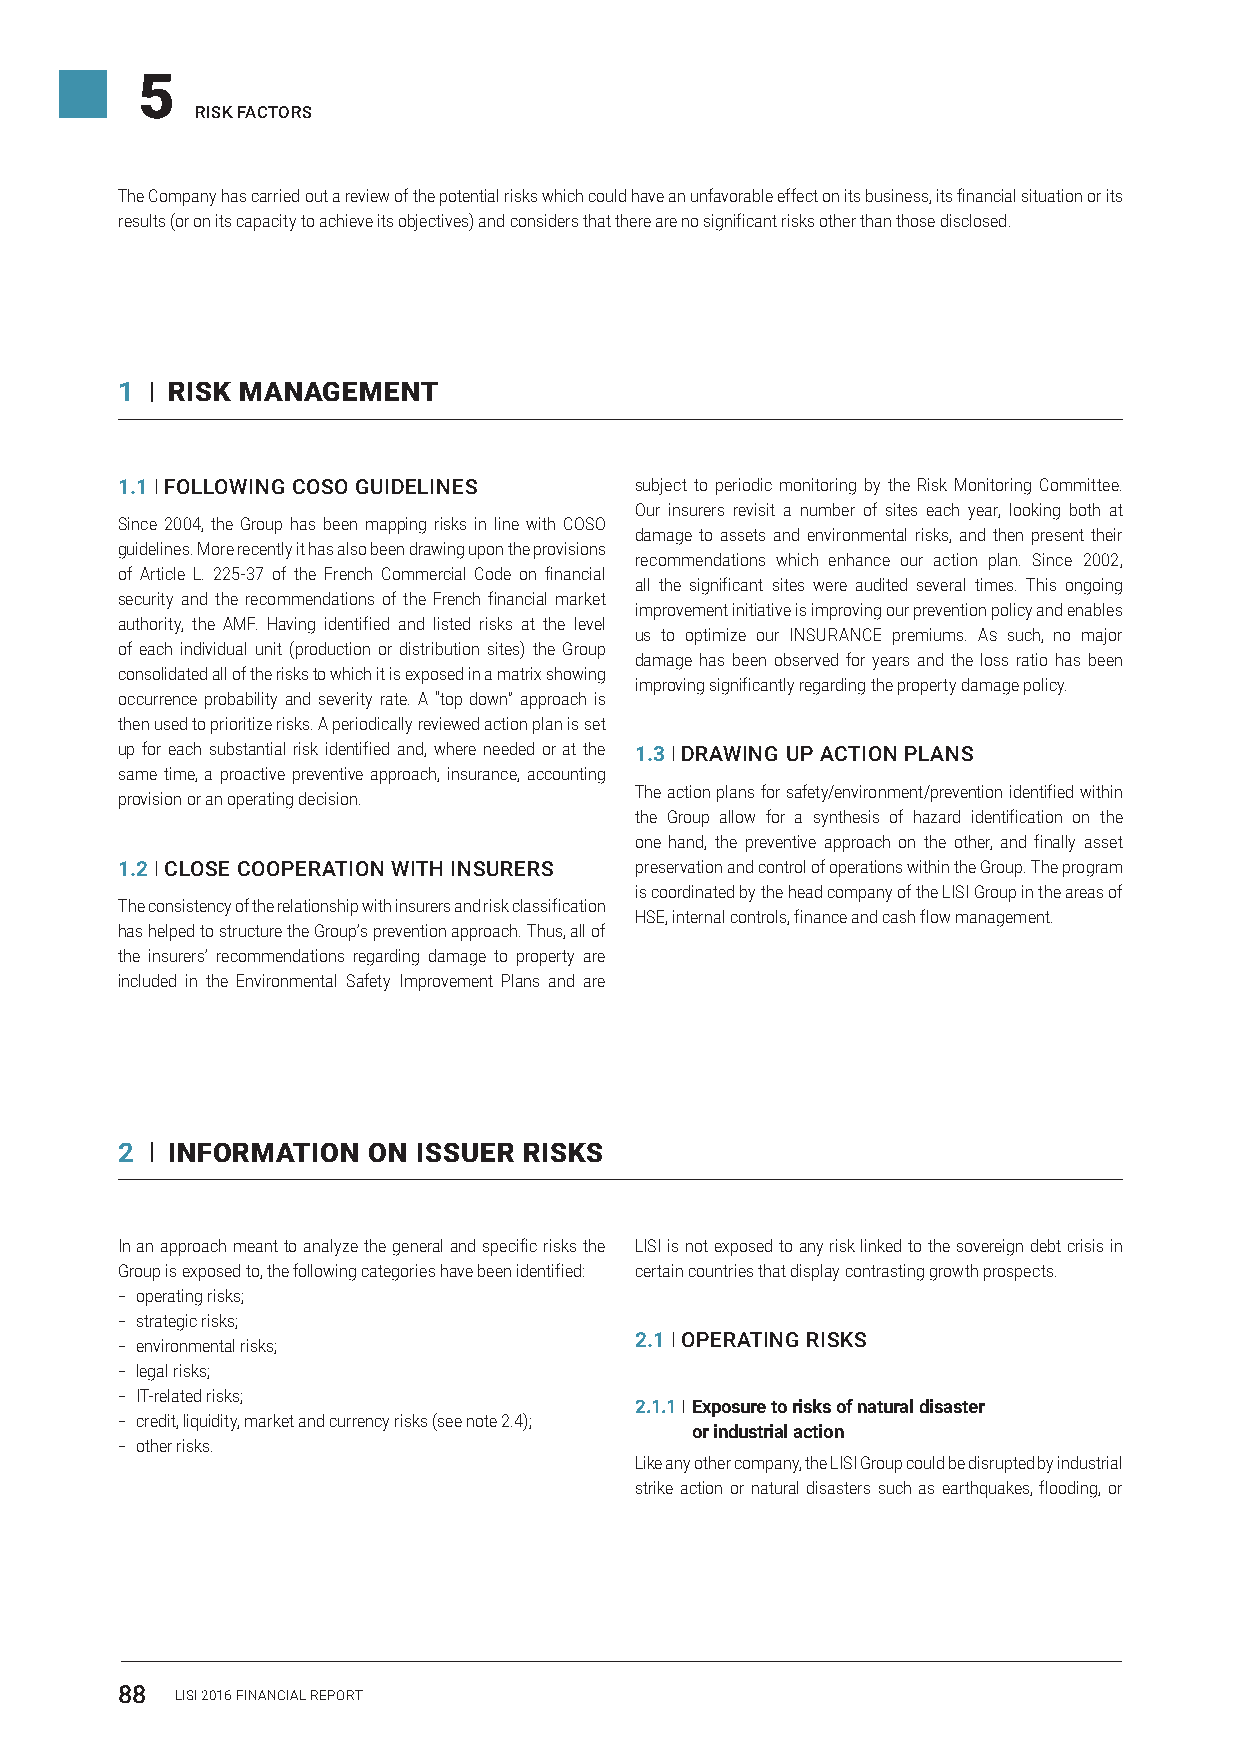
5
 RISK FACTORS
 The Company has carried out a review of the potential risks which could have an unfavorable effect on its business, its financial situation or its
 results (or on its capacity to achieve its objectives) and considers that there are no significant risks other than those disclosed.
 1 I RISK MANAGEMENT
 1.1 I FOLLOWING COSO GUIDELINES   subject to periodic monitoring by the Risk Monitoring Committee.
 Our insurers revisit a number of sites each year, looking both at
 Since 2004, the Group has been mapping risks in line with COSO
 damage to assets and environmental risks, and then present their
 guidelines. More recently it has also been drawing upon the provisions
 recommendations which enhance our action plan. Since 2002,
 of Article L. 225-37 of the French Commercial Code on financial
 all the significant sites were audited several times. This ongoing
 security and the recommendations of the French financial market
 improvement initiative is improving our prevention policy and enables
 authority, the AMF. Having identified and listed risks at the level
 us to optimize our INSURANCE premiums. AS such, no major
 of each individual unit (production or distribution sites) the Group
 damage has been observed for years and the loss ratio has been
 consolidated all of the risks to which it is exposed in a matrix showing
 improving significantly regarding the property damage policy.
 occurrence probability and severity rate. A “top down” approach is
 then used to prioritize risks. A periodically reviewed action plan is set
 up for each substantial risk identified and, where needed or at the 1.3 I DRAWING UP ACTION PLANS
 same time, a proactive preventive approach, insurance, accounting
 The action plans for safety/environment/prevention identified within
 provision or an operating decision.
 the Group allow for a synthesis of hazard identification on the
 one hand, the preventive approach on the other, and finally asset
 1.2 I CLOSE COOPERATION WITH INSURERS preservation and control of operations within the Group. The program
 is coordinated by the head company of the LISI Group in the areas of
 The consistency of the relationship with insurers and risk classification
 HSE, internal controls, finance and cash flow management.
 has helped to structure the Group’s prevention approach. Thus, all of
 the insurers’ recommendations regarding damage to property are
 included in the Environmental Safety Improvement Plans and are
 2 I INFORMATION ON  ISSUER RISKS
 In an approach meant to analyze the general and specific risks the LISI is not exposed to any risk linked to the sovereign debt crisis in
 Group is exposed to, the following categories have been identified: certain countries that display contrasting growth prospects.
 –– operating risks;
 –– strategic risks;
 2.1 I OPERATING RISKS
 –– environmental risks;
 –– legal risks;
 –– IT-related risks;
 2.1.1 I Exposure to risks of natural disaster
 –– credit, liquidity, market and currency risks (see note 2.4);
 or industrial action
 –– other risks.
 Like any other company, the LISI Group could be disrupted by industrial
 strike action or natural disasters such as earthquakes, flooding, or
 88  LISI 2016 FINANCIAL REPORT